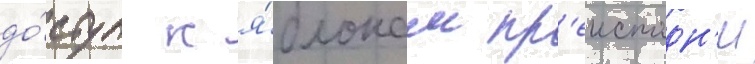
до́ступ к я́блокам пр'еисподн'и